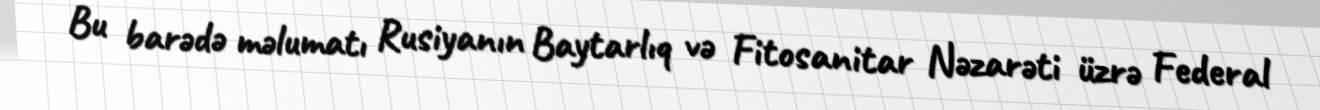
Bu barədə məlumatı Rusiyanın Baytarlıq və Fitosanitar Nəzarəti üzrə Federal